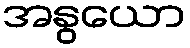
အနွယော